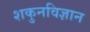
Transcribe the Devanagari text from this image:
शकुनविज्ञान